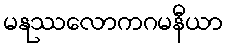
မနုဿလောကဂမနီယာ